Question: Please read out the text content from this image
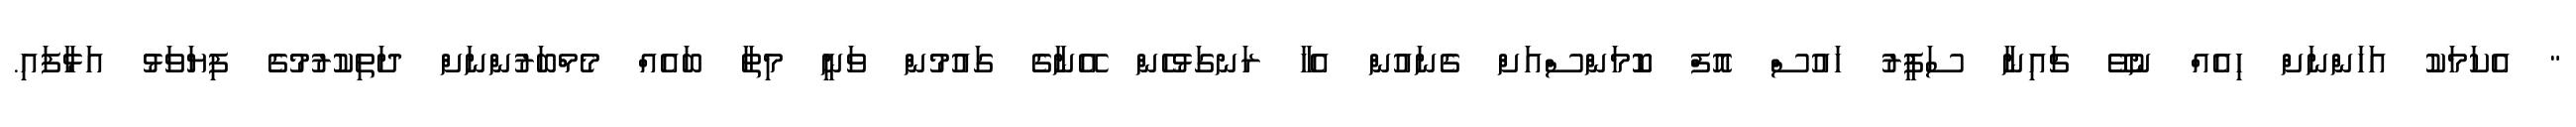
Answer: " އެކަމަކު އަހަންނަށް ހިއެއް ނުވޭ ޗައިނާ ސަފީރު ހައުސް އޮފް ކޮމަންސްއަށް ގެނައުން އެހާ ރަނގަޅުހެން އޭނާގެ ގައުމުން ވަނީ މިތާ ބައެއް މެމްބަރުންނަށް ދަތިކުރުމުގެ ފިޔަވަޅު އަޅާފައި.